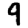
Digit: 9